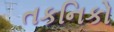
તકનિકો